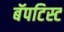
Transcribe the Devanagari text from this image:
बॅपटिस्ट